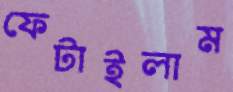
ফেটাইলাম